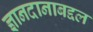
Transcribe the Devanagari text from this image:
ज्ञानदानाबद्दल